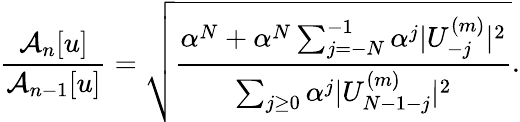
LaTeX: \frac{\mathcal{A}_{n}[u]}{\mathcal{A}_{n-1}[u]}=\sqrt{\frac{\alpha^{N}+\alpha^{N}\sum_{j=-N}^{-1}{\alpha^{j}|U_{-j}^{(m)}|^{2}}}{\sum_{j\ge 0}{\alpha^{j}|U_{N-1-j}^{(m)}|^{2}}}}.